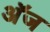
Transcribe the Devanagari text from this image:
अॅज